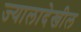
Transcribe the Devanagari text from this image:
ज्यालादेखील